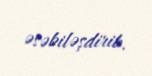
əsəbiləşdirib.